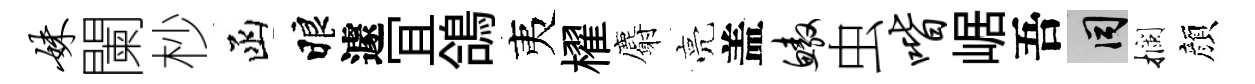
妹闌杪函睱遽冝鴿夷櫂麝亮盖鳌虫喈崌吾间攔顔